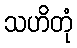
သဟိတုံ